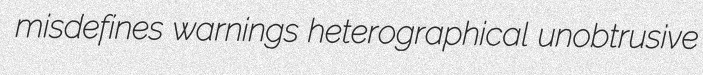
misdefines warnings heterographical unobtrusive